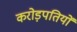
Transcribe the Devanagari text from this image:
करोड़पतियों